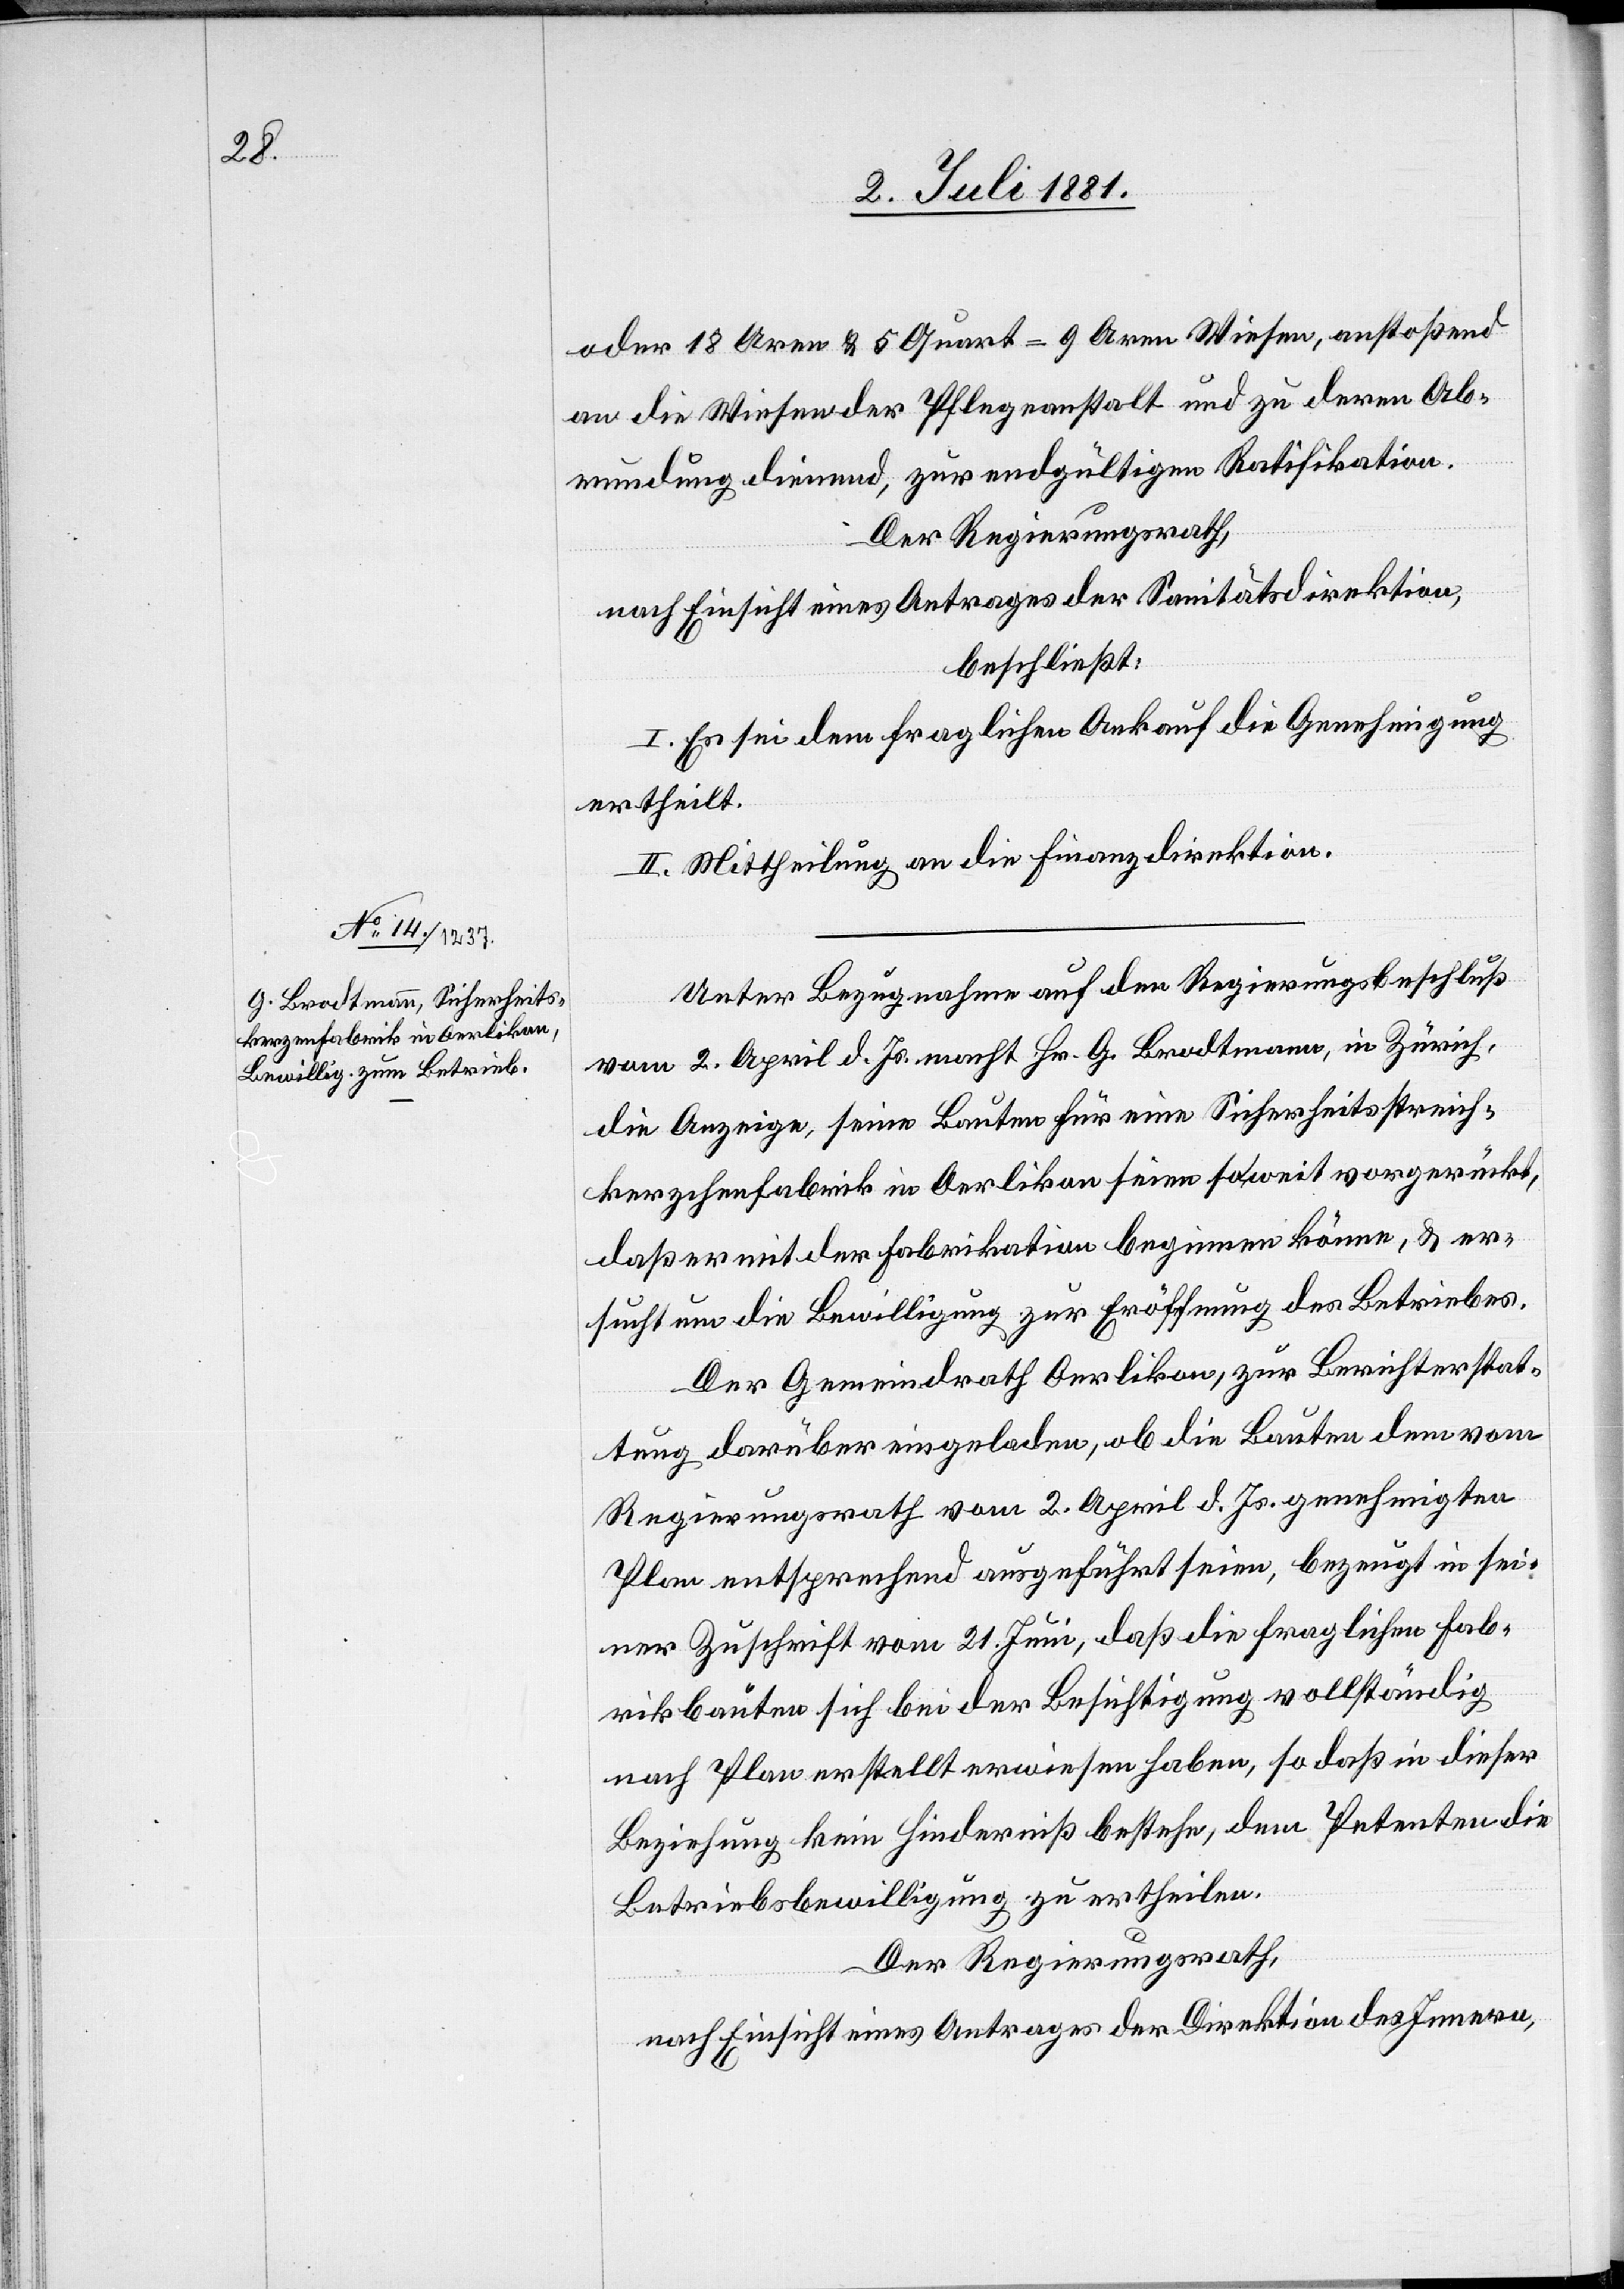
oder 18 Aren & 5 Quart = 9 Aren Wiesen, anstoßend
an die Wiesen der Pflegeanstalt und zu deren Ab¬
rundung dienend, zur endgültigen Ratifikation.
Der Regierungsrath,
nach Einsicht eines Antrages der Sanitätsdirektion,
beschließt:
I. Es sei dem fraglichen Ankauf die Genehmigung
ertheilt.
II. Mittheilung an die Finanzdirektion.
Unter Bezugnahme auf den Regierungsbeschluß
vom 2. April d. Js. macht Hr. G. Brodtmann, in Zürich,
die Anzeige, seine Bauten für eine Sicherheitsstreich¬
kerzchenfabrik in Oerlikon seien soweit vorgerückt,
daß er mit der Fabrikation beginnen könne, & er¬
sucht um die Bewilligung zur Eröffnung des Betriebes.
Der Gemeindrath Oerlikon, zur Berichterstat¬
tung darüber eingeladen, ob die Bauten dem vom
Regierungsrath vom 2. April d. Js. genehmigten
Plan entsprechend ausgeführt seien, bezeugt in sei¬
ner Zuschrift vom 21. Juni, daß die fraglichen Fab¬
rikbauten sich bei der Besichtigung vollständig
nach Plan erstellt erwiesen haben, so daß in dieser
Beziehung kein Hinderniß bestehe, dem Petenten die
Betriebsbewilligung zu ertheilen.
Der Regierungsrath,
nach Einsicht eines Antrages der Direktion des Innern,